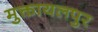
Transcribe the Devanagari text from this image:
मुक्तायलपुर